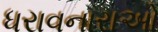
ધરાવનારાઓ